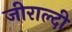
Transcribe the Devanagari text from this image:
जीराल्दी